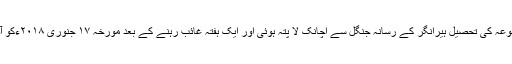
مورخہ۱۰ جنوری ۲۰۱۸ءکو محمد یوسف کی ۸سالہ بیٹی آصفہ ضلع کٹھوعہ کی تحصیل ہیرانگر کے رسانہ جنگل سے اچانک لا پتہ ہوئی اور ایک ہفتہ غائب رہنے کے بعد مورخہ ۱۷ جنوری ۲۰۱۸ءکو آصفہ کی لاش اپنے گھر سے تین کلومیٹر دور جنگل سے برآمد کی گئی۔